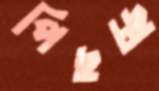
পিছচ্ছ